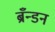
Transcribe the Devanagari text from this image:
ब्रँन्डन